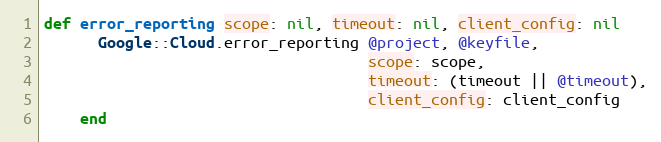
Language: Ruby
def error_reporting scope: nil, timeout: nil, client_config: nil
      Google::Cloud.error_reporting @project, @keyfile,
                                    scope: scope,
                                    timeout: (timeout || @timeout),
                                    client_config: client_config
    end